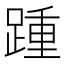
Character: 踵